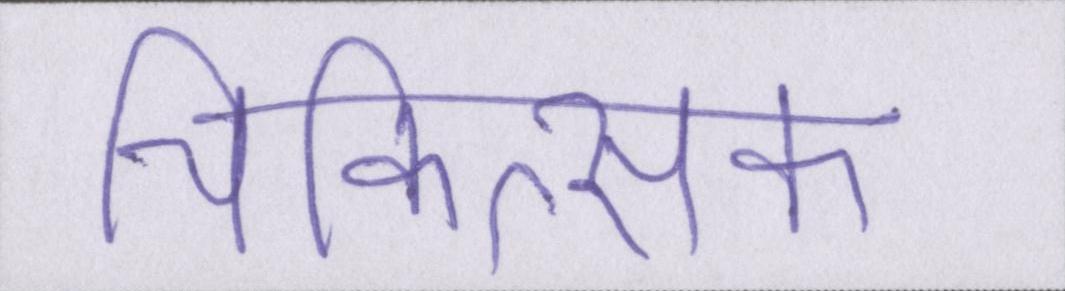
चिकित्सक